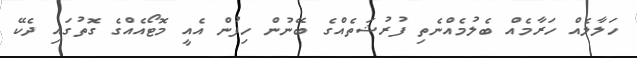
ހަލާލެއް ހަރާމެއް ބެލުމެއްނެތި ފުރުޝަތެއްގެ ބޭނުން ހިފުން އެއީ މޮޓޯއެއްގެ ގޮތުގައި ދެކޭ